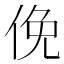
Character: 俛